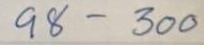
98 - 300